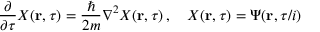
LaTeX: { \frac { \partial } { \partial \tau } } X ( \mathbf { r } , \tau ) = { \frac { \hbar } { 2 m } } \nabla ^ { 2 } X ( \mathbf { r } , \tau ) \, , \quad X ( \mathbf { r } , \tau ) = \Psi ( \mathbf { r } , \tau / i )